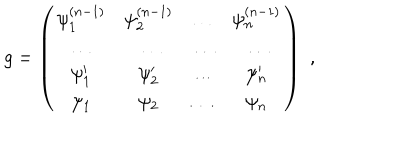
g = \left( \begin{array} { c c c c } { { \psi _ { 1 } ^ { ( n - 1 ) } } } & { { \psi _ { 2 } ^ { ( n - 1 ) } } } & { { \dots } } & { { \psi _ { n } ^ { ( n - 1 ) } } } \\ { { \dots } } & { { \dots } } & { { \dots } } & { { \dots } } \\ { { \psi _ { 1 } ^ { \prime } } } & { { \psi _ { 2 } ^ { \prime } } } & { { \dots } } & { { \psi _ { n } ^ { \prime } } } \\ { { \psi _ { 1 } } } & { { \psi _ { 2 } } } & { { \dots } } & { { \psi _ { n } } } \\ \end{array} \right) \, \, ,